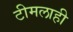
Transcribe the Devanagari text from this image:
टीमलाही